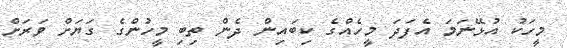
މީހަކު އުޅޭނަމަ އެފަދަ މީހެއްގެ ކިބައިން ދެން ތިބި މީހުންގެ ގަޔަށް ވަރަށް